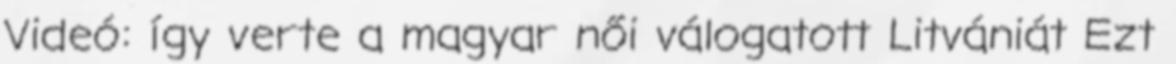
Videó: így verte a magyar női válogatott Litvániát Ezt